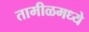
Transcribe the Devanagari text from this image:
तामीळमध्ये